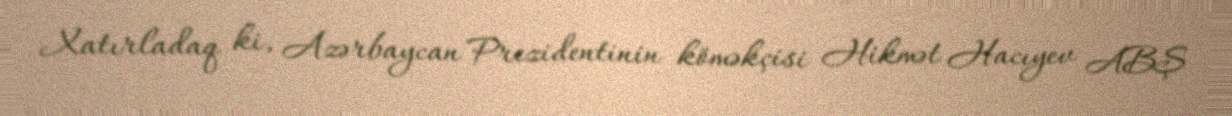
Xatırladaq ki, Azərbaycan Prezidentinin köməkçisi Hikmət Hacıyev ABŞ